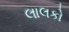
લાલકો